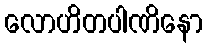
လောဟိတပါဏိနော